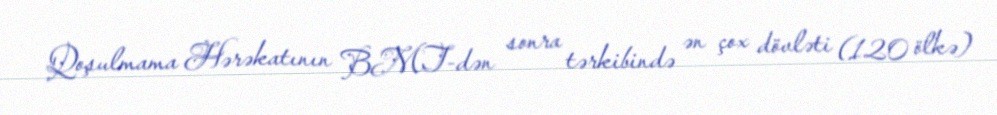
Qoşulmama Hərəkatının BMT-dən sonra tərkibində ən çox dövləti (120 ölkə)